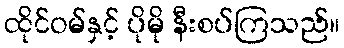
ထိုင်ဝမ်နှင့် ပိုမို နီးစပ်ကြသည်။